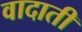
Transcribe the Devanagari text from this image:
वादाती